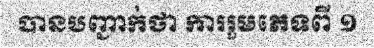
បានបញ្ជាក់ថា ការរួមភេទពី ១